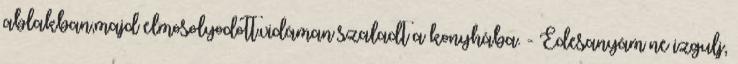
ablakban,majd elmosolyodott.vidáman szaladt a konyhába. - Édesanyám ne izgulj,